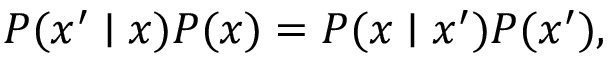
P ( x ^ { \prime } \mid x ) P ( x ) = P ( x \mid x ^ { \prime } ) P ( x ^ { \prime } ) ,